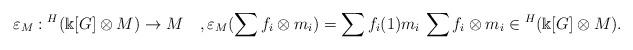
LaTeX: \begin{align*} \varepsilon_M:{}^H(\Bbbk[G] \otimes M)\to M \quad,\varepsilon_M(\sum f_i \otimes m_i)=\sum f_i(1)m_i \, \sum f_i \otimes m_i \in {}^H(\Bbbk[G] \otimes M).\end{align*}